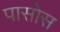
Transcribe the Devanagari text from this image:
पासोस